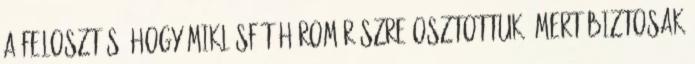
a felosztás, hogy Miklósfát három részre osztottuk, mert biztosak